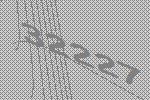
32227